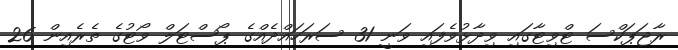
ރާޖަޕަކްސަ ޓްވިޓާގައި ވިދާޅުވެފައި ވަނީ 31 ސަރަހައްދެއްގެ ޕޯސްޓަލް ވޯޓުގެ ތެރެއިން 26